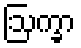
ဩက္ခာ